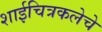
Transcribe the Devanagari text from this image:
शाईचित्रकलेचे